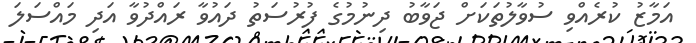
އަމާޒު ކުރެއްވި ސުވާލުތަކަށް ޖަވާބު ދިނުމުގެ ފުރުސަތު ދައުވާ ރައްދުވާ އަދި މައްސަލަ